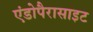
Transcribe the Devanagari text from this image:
एंडोपैरासाइट